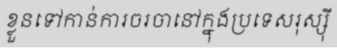
ខ្លួនទៅកាន់ការចរចានៅក្នុងប្រទេសរុស្ស៊ី